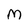
Character: M